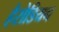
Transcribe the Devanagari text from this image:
हैरोडियन